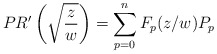
\begin{align*}PR'\left(\sqrt{z\over w}\right) =\sum\limits_{p=0}^{n}F_p(z/w)P_{p}\end{align*}